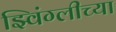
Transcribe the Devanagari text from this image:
झ्विंग्लीच्या